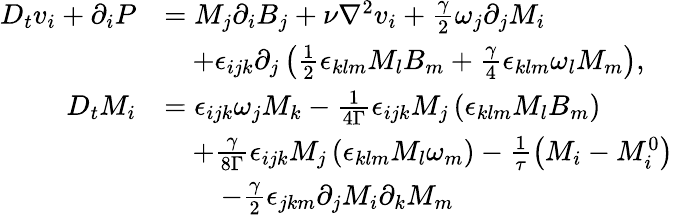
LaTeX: \begin{array}{rl}{D_{t}v_{i}+\partial_{i}P}&{=M_{j}\partial_{i}B_{j}+\nu\nabla^{2}v_{i}+\frac{\gamma}{2}\omega_{j}\partial_{j}M_{i}}\\ &{\quad+\epsilon_{ijk}\partial_{j}\left(\frac{1}{2}\epsilon_{klm}M_{l}B_{m}+\frac{\gamma}{4}\epsilon_{klm}\omega_{l}M_{m}\right),}\\ {D_{t}M_{i}}&{=\epsilon_{ijk}\omega_{j}M_{k}-\frac{1}{4\Gamma}\epsilon_{ijk}M_{j}\left(\epsilon_{klm}M_{l}B_{m}\right)}\\ &{\quad+\frac{\gamma}{8\Gamma}\epsilon_{ijk}M_{j}\left(\epsilon_{klm}M_{l}\omega_{m}\right)-\frac{1}{\tau}\left(M_{i}-M_{i}^{0}\right)}\\ &{\quad\quad-\frac{\gamma}{2}\epsilon_{jkm}\partial_{j}M_{i}\partial_{k}M_{m}}\end{array}